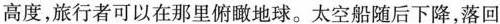
高度，旅行者可以在那里俯瞰地球。太空船随后下降，落回